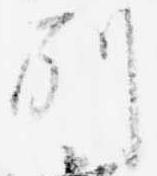
別